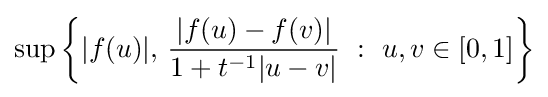
\sup \left\{|f(u)|,\,{\frac {|f(u)-f(v)|}{1+t^{-1}|u-v|}}\ :\ u,v\in [0,1]\right\}